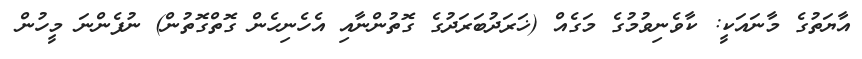
އާޔަތުގެ މާނައަކީ: ކާވެނިވުމުގެ މަގެއް (ޚަރަދުބަރަދުގެ ގޮތުންނާއި އެހެނިހެން ގޮތްގޮތުން) ނުފެންނަ މީހުން